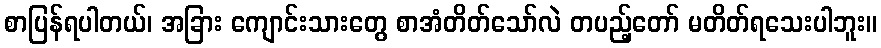
စာပြန်ရပါတယ်၊ အခြား ကျောင်းသားတွေ စာအံတိတ်သော်လဲ တပည့်တော် မတိတ်ရသေးပါဘူး။